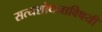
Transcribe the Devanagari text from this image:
सत्यशोधनाविषयी